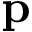
\textbf { p }